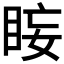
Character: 𭾰